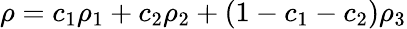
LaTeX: \rho=c_{1}\rho_{1}+c_{2}\rho_{2}+(1-c_{1}-c_{2})\rho_{3}